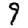
Digit: 9